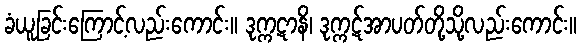
ခံယူခြင်းကြောင့်လည်းကောင်း။ ဒုက္ကဋာနိ၊ ဒုက္ကဋ်အာပတ်တို့သို့လည်းကောင်း။